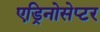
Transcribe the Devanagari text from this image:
एड्रिनोसेप्टर